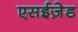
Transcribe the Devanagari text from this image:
एसईज़ेड